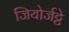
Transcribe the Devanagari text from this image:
जियोर्जट्टे